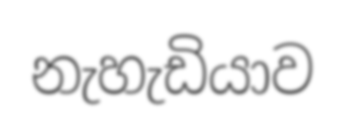
නැහැඩියාව